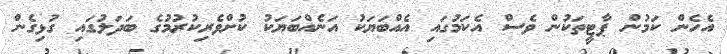
އެހެން ކަމުން ޕާޓީތަކުން ވެސް އެކަމުގައި އެއްބަޔަކު އަނެއްބަޔަކު ކުށްވެރިކުރުމުގެ ބަދަލުގައި ގުޅިގެން